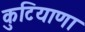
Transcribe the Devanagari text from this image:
कुटियाणा